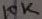
Text: 10K